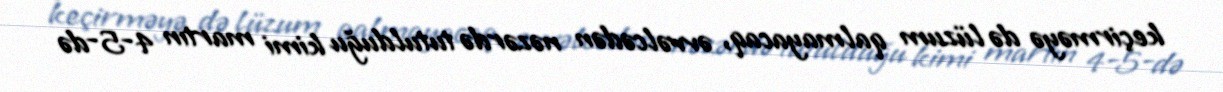
keçirməyə də lüzum qalmayacaq, əvvəlcədən nəzərdə tutulduğu kimi martın 4-5-də